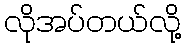
လိုအပ်တယ်လို့